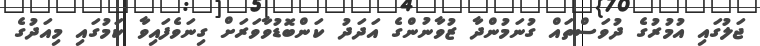
ޖަލުގައި އުމުރުގެ ދުވަސްތައް ގުނަމުންދާ ޒުވާނުންގެ އަދަދު ކަންބޮޑުވާވަރަށް ގިނަވެފައިވާ ކަމުގައި މިއަދުގެ